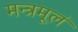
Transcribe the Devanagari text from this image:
मन्त्रमूलं